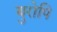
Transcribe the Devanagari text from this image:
युरोपि